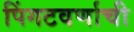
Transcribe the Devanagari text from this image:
पिंगटवर्णाची